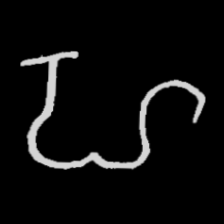
Pyu character \u2014 Myanmar letter: ဟ (romanized: ha)